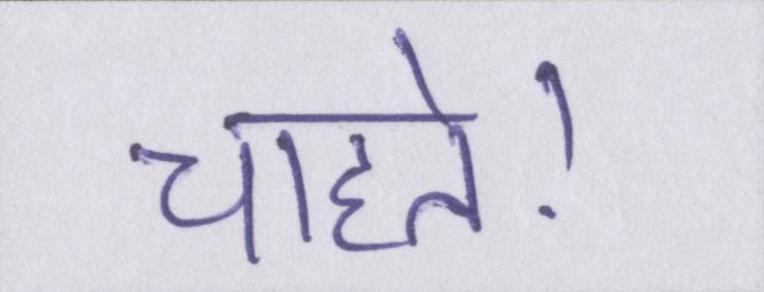
चाहते।